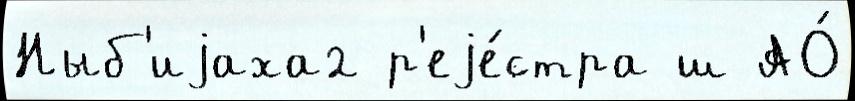
Ныб'иjаха2 р'еjе́стра ш АО́